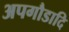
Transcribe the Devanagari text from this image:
अपगौडादि